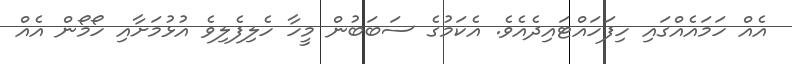
އެއް ހަމައެއްގައި ހިފަހައްޓައިދެއެވެ. އެކަމުގެ ސަބަބުން މީހާ ހެލިފެލިވެ އުޅުމަށާއި ހޯމޯން އެއް